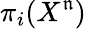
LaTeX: \pi_{i}(X^{\mathfrak{n}})